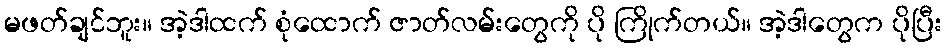
မဖတ်ချင်ဘူး။ အဲ့ဒါထက် စုံထောက် ဇာတ်လမ်းတွေကို ပို ကြိုက်တယ်။ အဲ့ဒါတွေက ပိုပြီး